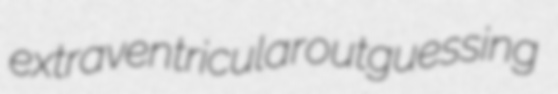
extraventricular outguessing